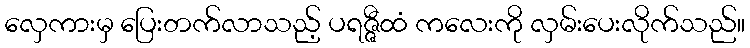
လှေကားမှ ပြေးတက်လာသည့် ပရဇ္ဇီထံ ကလေးကို လှမ်းပေးလိုက်သည်။